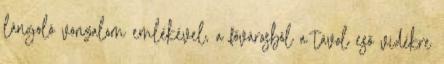
lángoló vonzalom emlékével, a fővárosból a távol eső vidékre